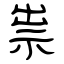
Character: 祟